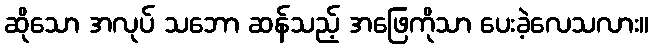
ဆိုသော အလုပ် သဘော ဆန်သည့် အဖြေကိုသာ ပေးခဲ့လေသလား။